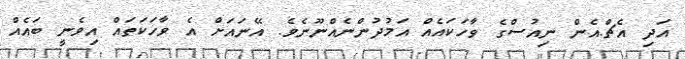
އަދި އެޗް.އެން ނިއުސްގެ ވާހަކައެއް އަމުދުންނެއްނޫނެވެ. އޭނައަށް އެ ވާހަކަތައް އިވެނީ ބައެއް